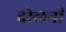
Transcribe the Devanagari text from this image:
दोलनी